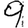
Digit: 9